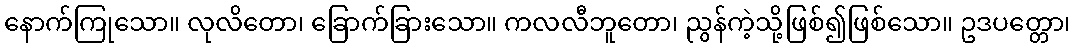
နောက်ကြုသော။ လုလိတော၊ ခြောက်ခြားသော။ ကလလီဘူတော၊ ညွန်ကဲ့သို့ဖြစ်၍ဖြစ်သော။ ဥဒပတ္တော၊